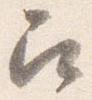
召